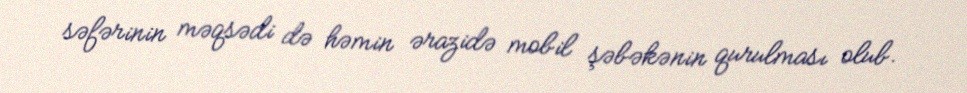
səfərinin məqsədi də həmin ərazidə mobil şəbəkənin qurulması olub.